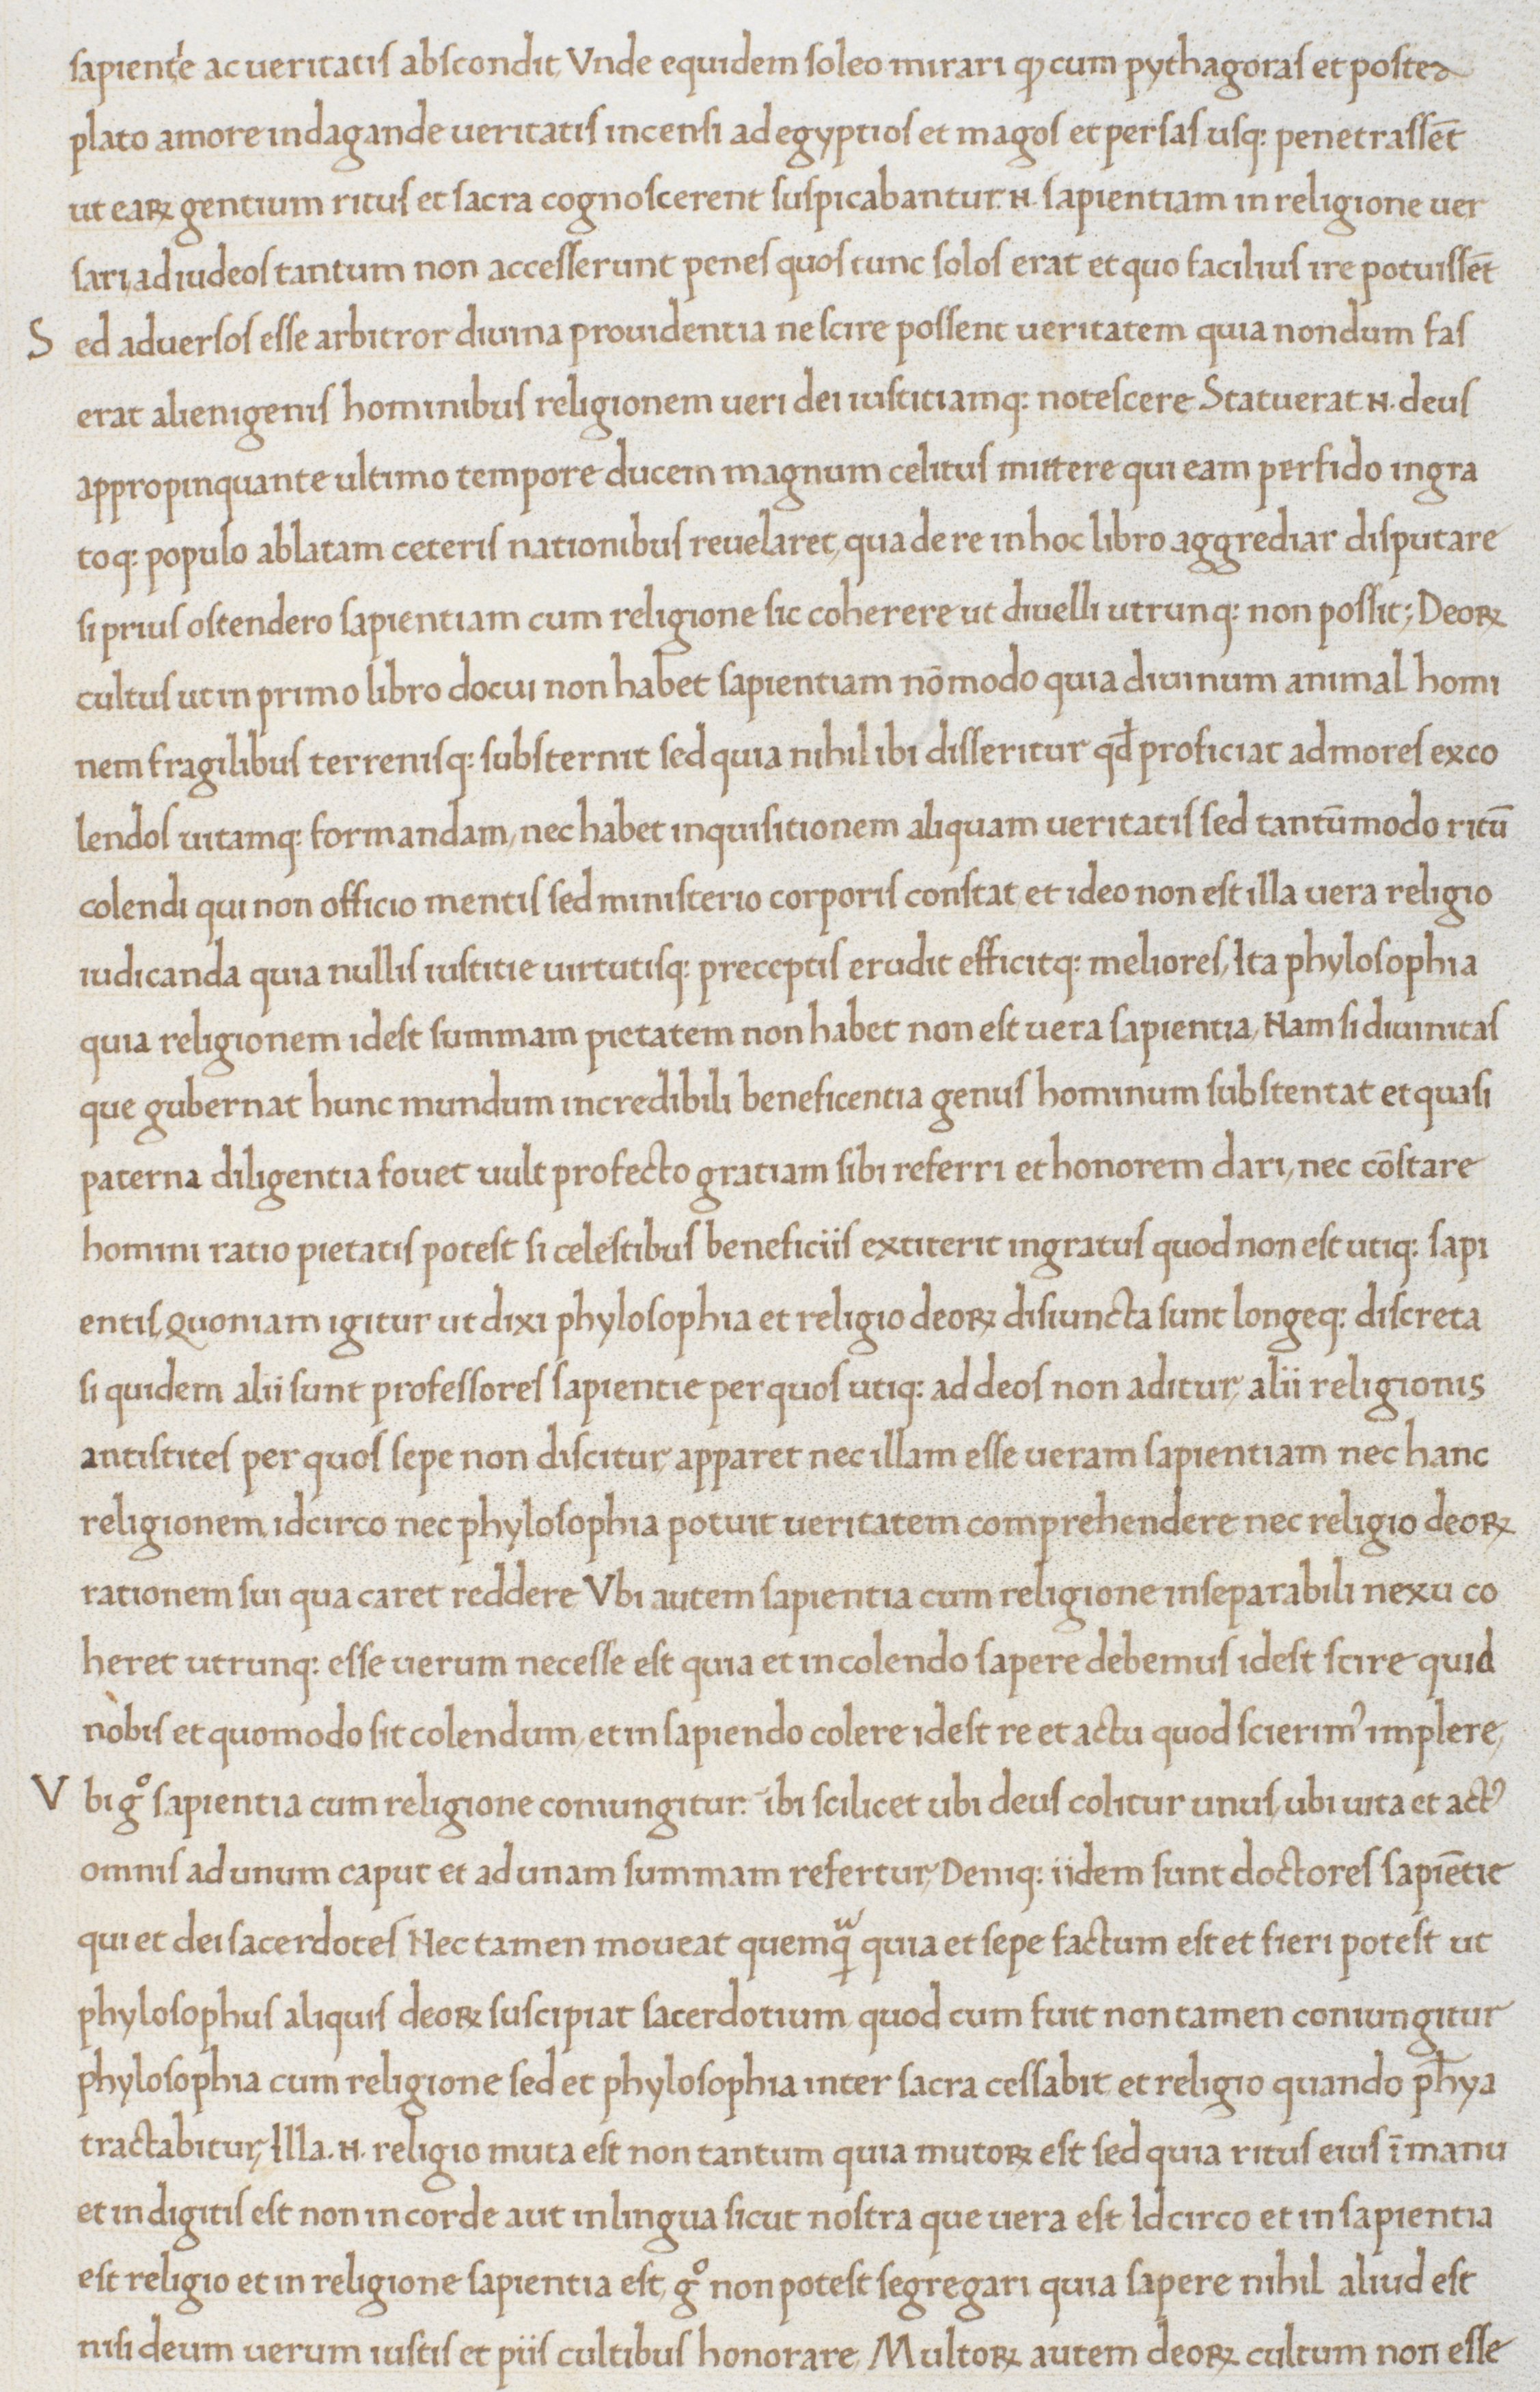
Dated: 1465–1475